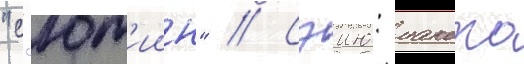
"с'ют'иин" // Сэию: макото